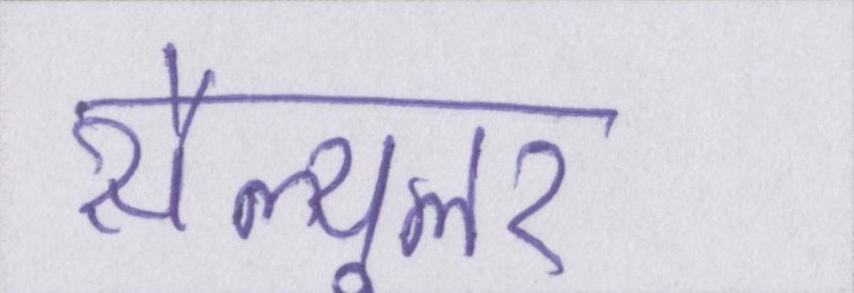
सैल्यूलर